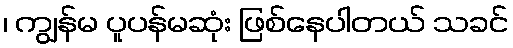
၊ ကျွန်မ ပူပန်မဆုံး ဖြစ်နေပါတယ် သခင်